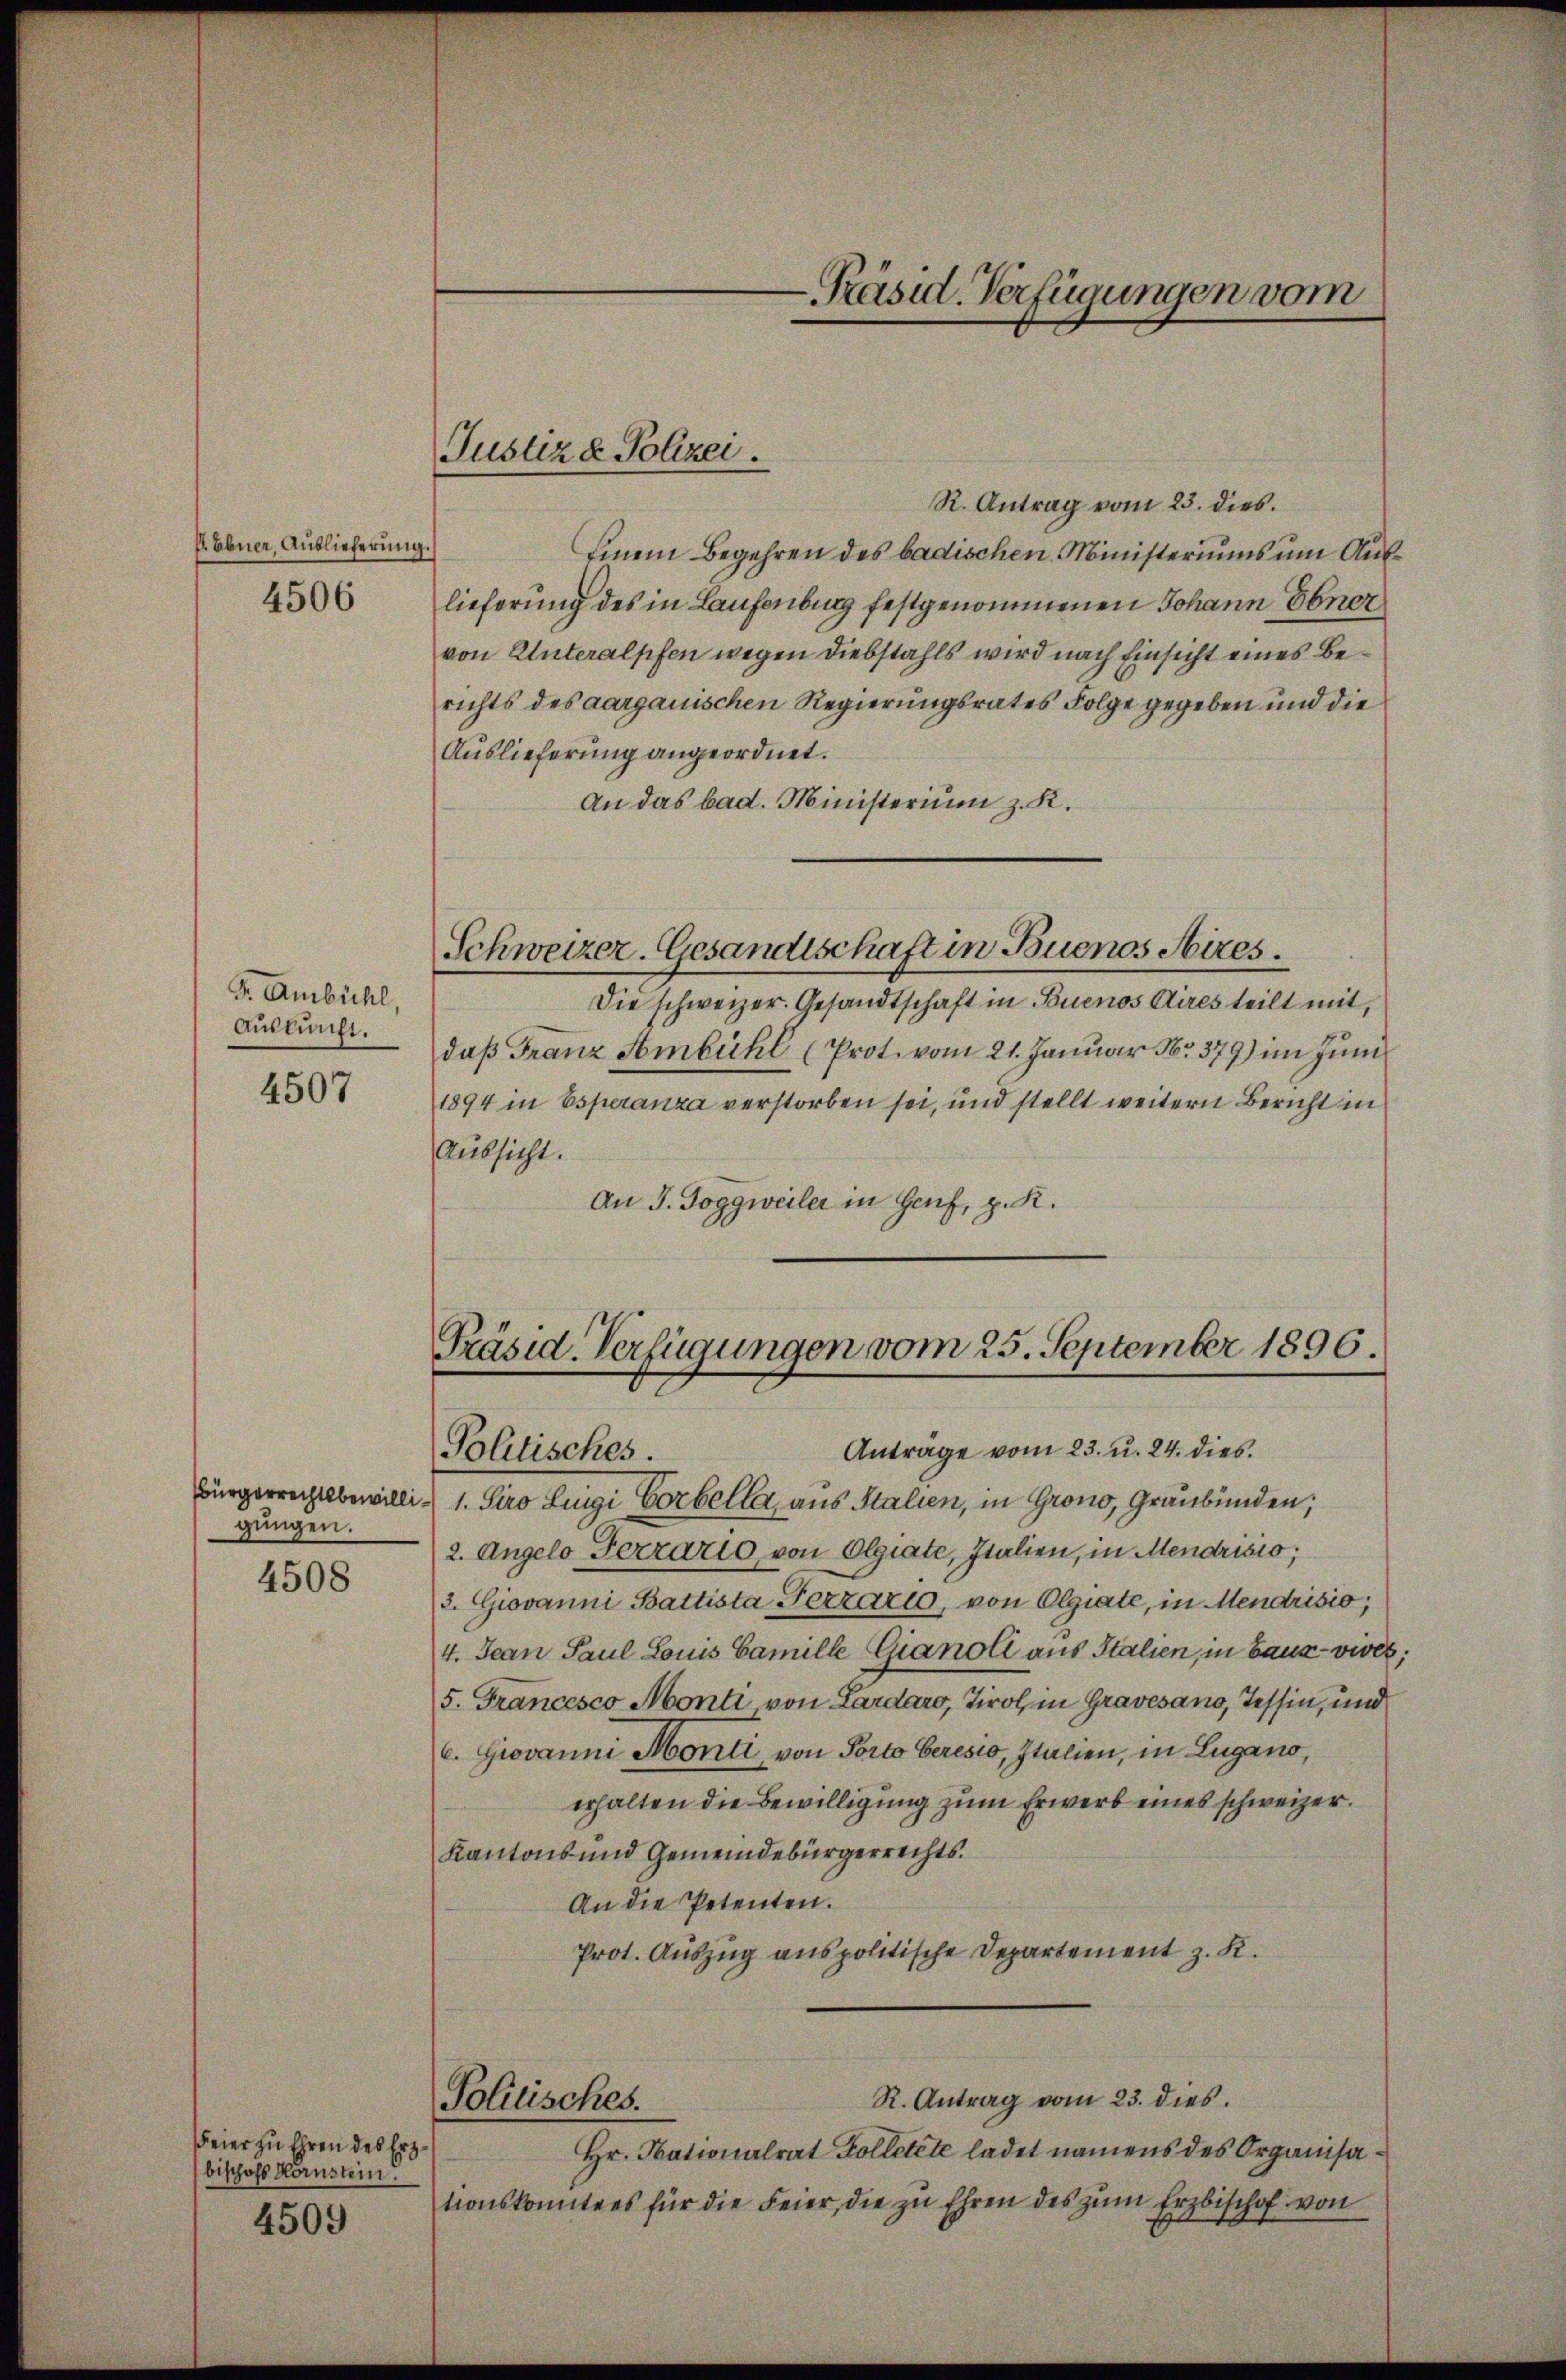
E Ebner, Auslieferung.

4506

F. Ambühl,
Auskunft.

4507

gungen.

4508

Feier zu Ehren des Erzbischofs Kornstein

4509

Justiz & Polizei.

R. Antrag vom 23. dies.
Einem Begehren des badischen Ministeriums um Auslieferung des in Laufenburg festgenommenen Johann Ebner
von Unteralpfen wegen Diebstahls wird nach Einsicht eines Berichts des aargauischen Regierungsrates Folge gegeben und die
Auslieferung angeordnet.
An das bad. Ministerium z. R.
Schweizer-Gesandtschaft in Buenos Aires.
Die schweizer. Gesandtschaft in Buenos Aires teilt mit,
daß Franz Ambühl (Prot. vom 21. Januar Nr. 379) im Juni
1894 in Esperanza verstorben sei, und stellt weitern Bericht in
Aussicht.
An J. Joggweiler in Genf, z. K.

Präsid. Verfügungen vom 25. September 1896.
Anträge vom 23. u. 24. dies
Politisches.

-Präsid. Verfügungen vom

Bürgerrechtsbewilli, 1. Pero Luigi Corbella, aus Stalien, in Grono, Graubünden;
2. Angelo Terrario von Olgiate, Italien, in Mendrisio;
2. Giovanni Battista Fezzario, von Olgiate, in Mendrisio;
4. Jean Paul Louis Famille Gianoll aus Italien, in baux-vives;
5. Francesco Monti von Lardaro, Tirol, in Gravesano, Tessin, und
C. Giovanni Monti, von Porto Geresio, Italien, in Lugano,
erhalten die Bewilligung zum Erwerb eines schweizer.
Kantons und Gemeindebürgerrechts¬
An die Petenten.
Prot. Auszug anspolitische Departement z. K.
R. Antrag vom 23. dies.
Politisches.
Hr. Nationalrat Folletete ladet namens des Organisationskomitees für die Feier, die zu Ehren des zŭm Erzbischof von